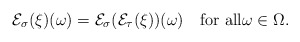
\begin{align*} \mathcal{E}_\sigma(\xi)(\omega) = \mathcal{E}_\sigma(\mathcal{E}_\tau(\xi))(\omega)\quad\mbox{for all}\omega\in\Omega. \end{align*}